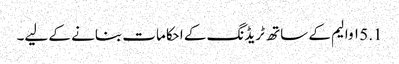
5.1 ۱ والیم کے ساتھ ٹریڈنگ کے احکامات بنانے کے لیے۔